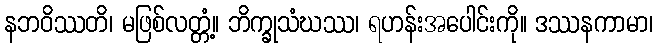
နဘဝိဿတိ၊ မဖြစ်လတ္တံ့။ ဘိက္ခုသံဃဿ၊ ရဟန်းအပေါင်းကို။ ဒဿနကာမာ၊